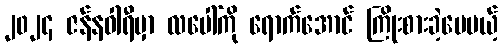
၂၀၂၄ ဇန်နဝါရီမှာ လပေါ်ကို ရောက်အောင် ကြိုးစားခဲ့ပေမယ့်